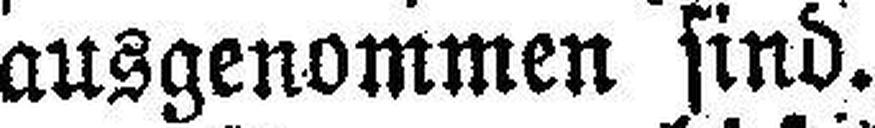
ausgenommen sind.